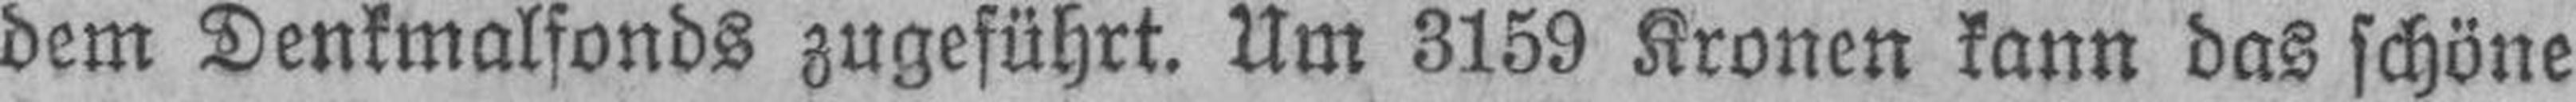
dem Denkmalfonds zugeführt. Um 3159 Kronen kann das schöne